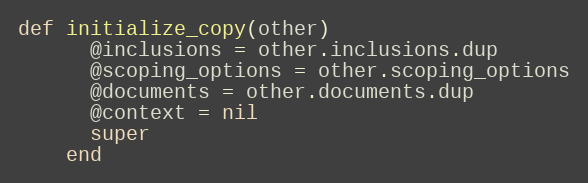
Language: Ruby
def initialize_copy(other)
      @inclusions = other.inclusions.dup
      @scoping_options = other.scoping_options
      @documents = other.documents.dup
      @context = nil
      super
    end